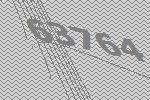
63764